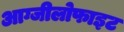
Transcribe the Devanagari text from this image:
आग्जीलोफाइट